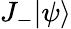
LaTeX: J_{-}|\psi\rangle